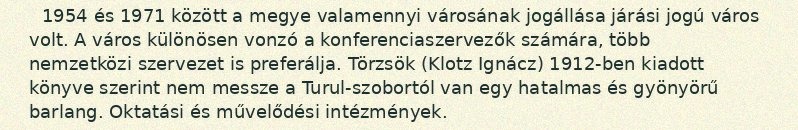
1954 és 1971 között a megye valamennyi városának jogállása járási jogú város volt. A város különösen vonzó a konferenciaszervezők számára, több nemzetközi szervezet is preferálja. Törzsök (Klotz Ignácz) 1912-ben kiadott könyve szerint nem messze a Turul-szobortól van egy hatalmas és gyönyörű barlang. Oktatási és művelődési intézmények.